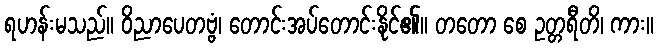
ရဟန်းမသည်။ ဝိညာပေတဗ္ဗံ၊ တောင်းအပ်တောင်းနိုင်၏။ တတော စေ ဥတ္တရီတိ၊ ကား။